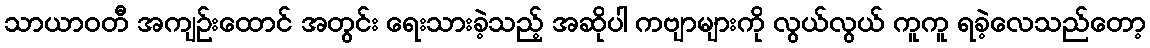
သာယာဝတီ အကျဉ်းထောင် အတွင်း ရေးသားခဲ့သည့် အဆိုပါ ကဗျာများကို လွယ်လွယ် ကူကူ ရခဲ့လေသည်တော့